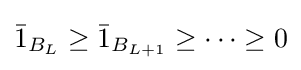
{\bar {1}}_{B_{L}}\geq {\bar {1}}_{B_{L+1}}\geq \cdots \geq 0